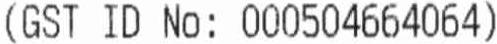
(GST ID NO: 000504664064)